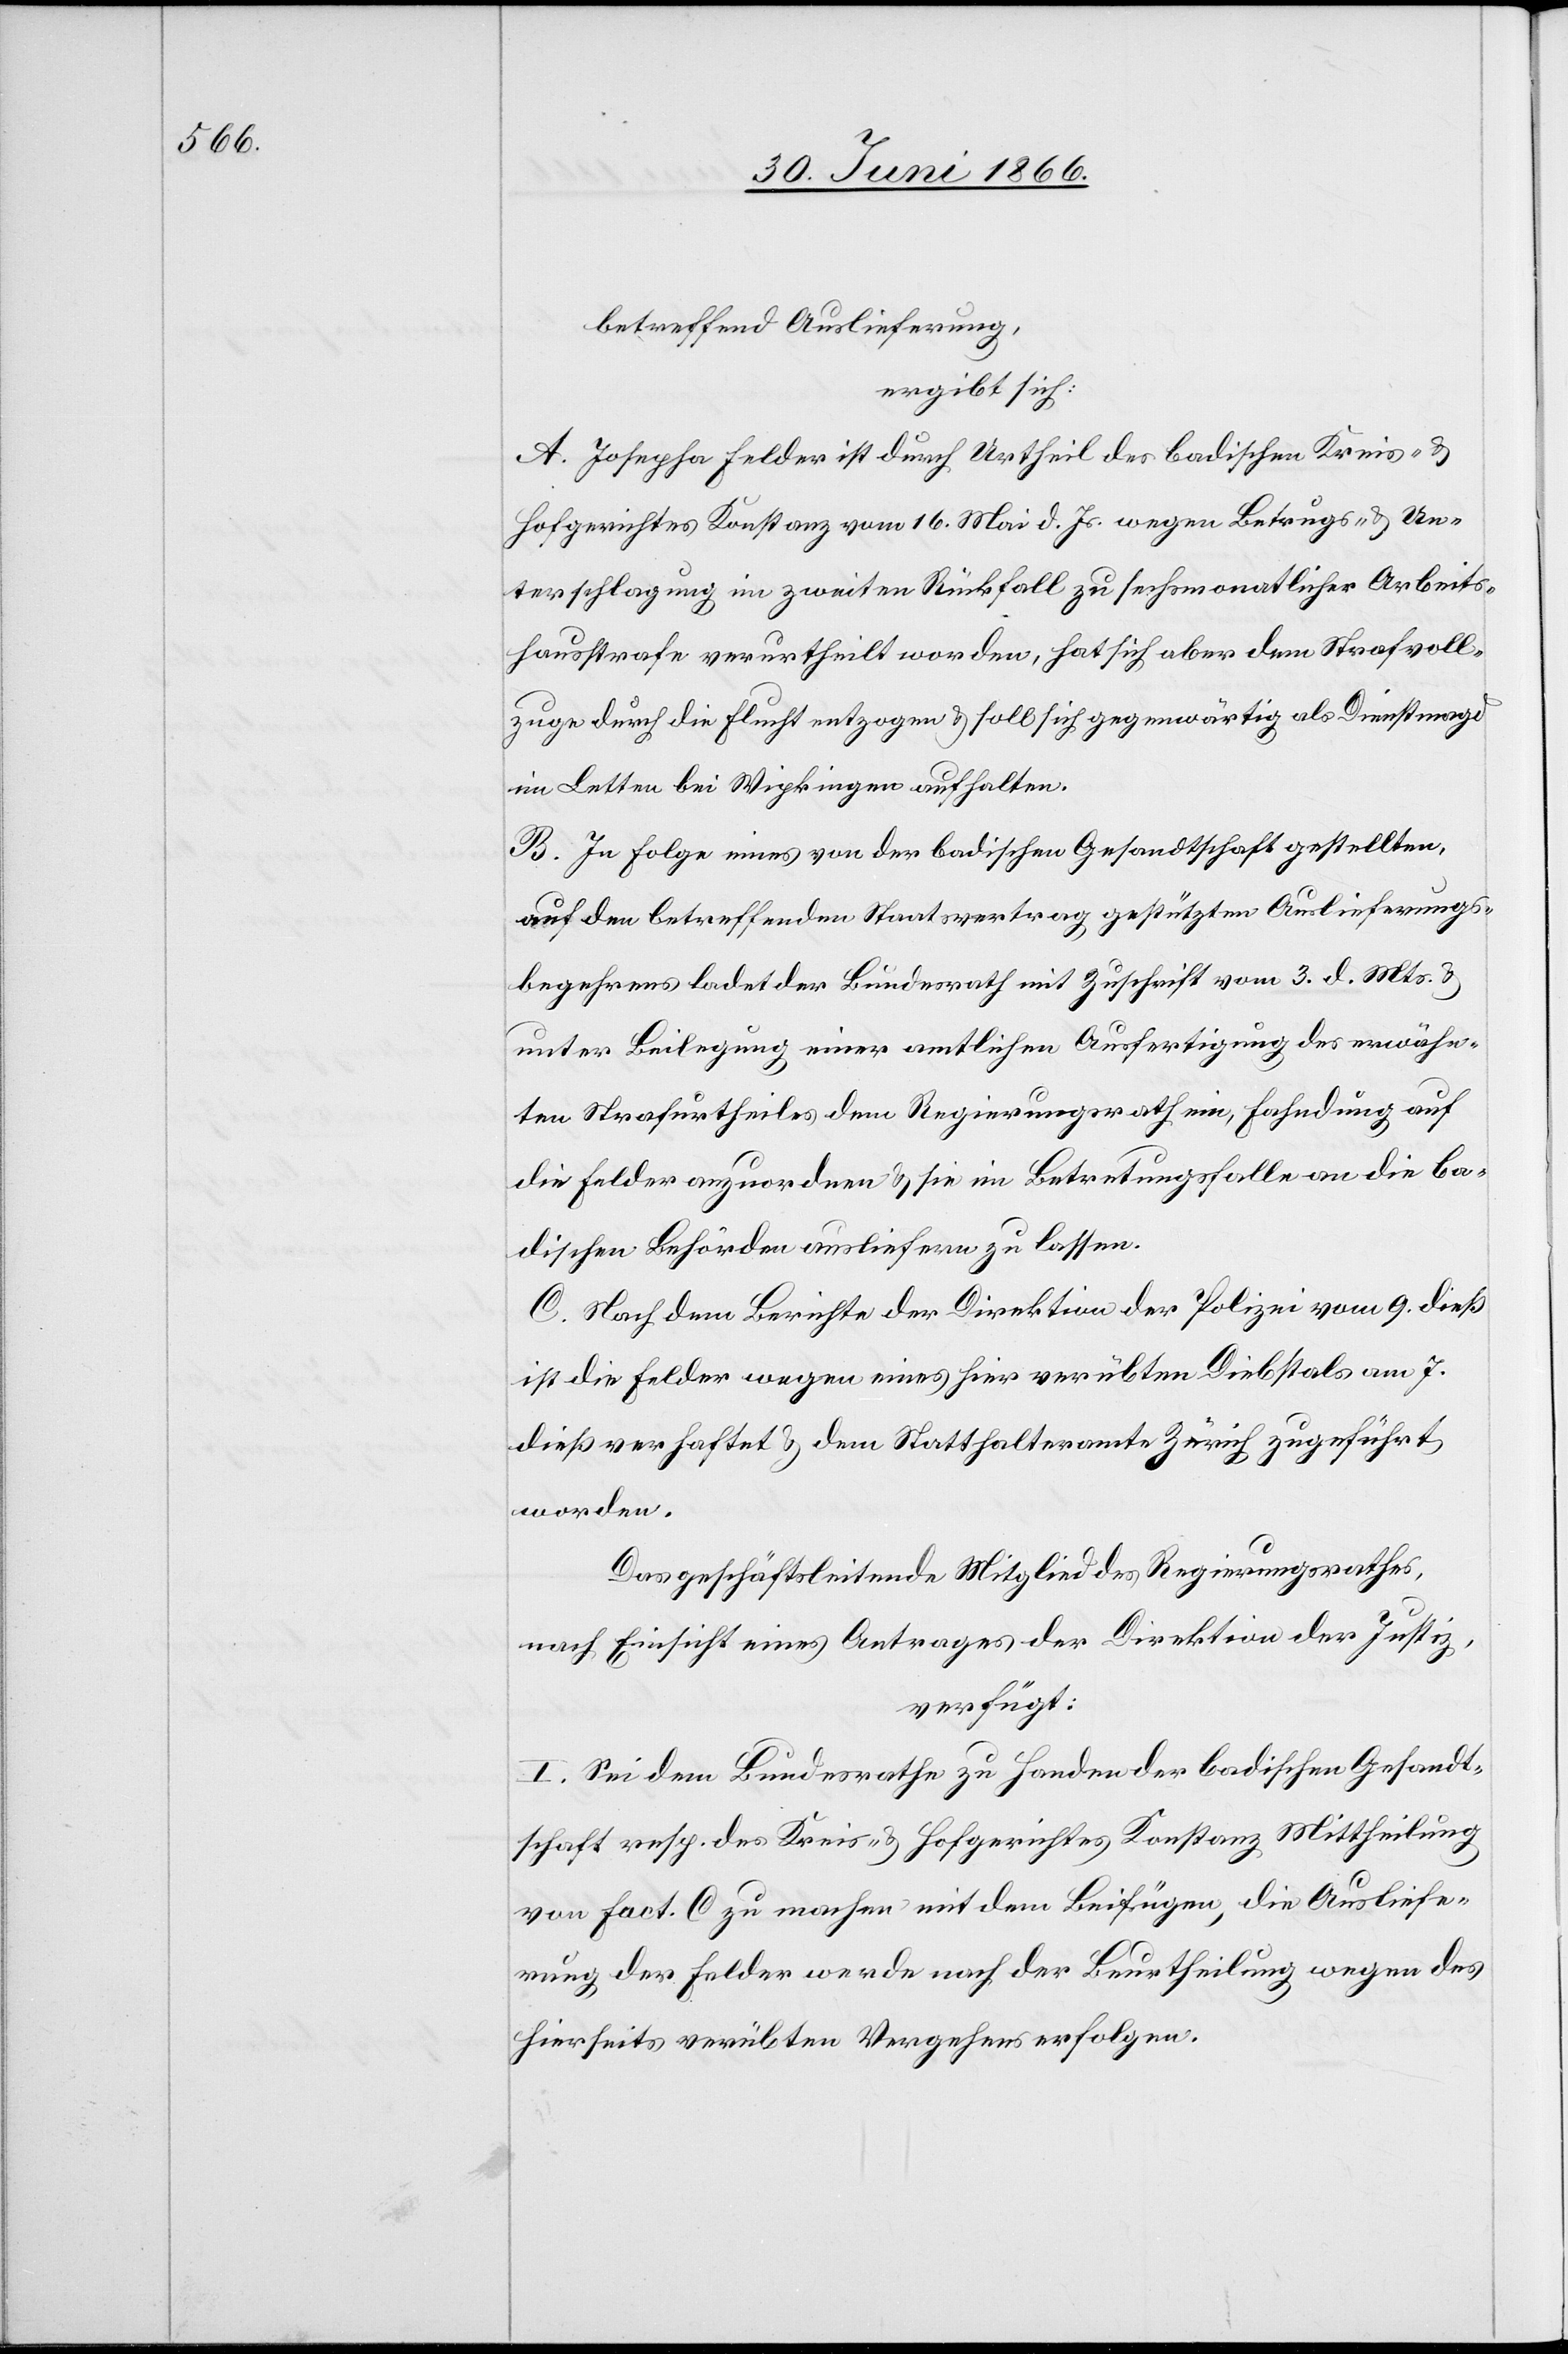
betreffend Auslieferung,
ergibt sich:
A. Josepha Felder ist durch Urtheil des badischen Kreis- u.
Hofgerichtes Konstanz vom 16. Mai d. Js. wegen Betrugs- u. Un¬
terschlagung im zweiten Rückfall zu sechsmonatlicher Arbeits¬
hausstrafe verurtheilt worden, hat sich aber dem Strafvoll¬
zuge durch die Flucht entzogen u. soll sich gegenwärtig als Dienstmagd
in Letten bei Wipkingen aufhalten.
B. In Folge eines von der badischen Gesandtschaft gestellten
auf den betreffenden Staatsvertrag gestützten Auslieferungs¬
begehrens ladet der Bundesrath mit Zuschrift vom 3. d. Mts u.
unter Beilegung einer amtlichen Ausfertigung des erwähn¬
ten Strafurtheiles den Regierungsrath ein, Fahndung auf
die Felder anzuordnen u. sie im Betretungsfalle an die ba¬
dischen Behörden ausliefern zu lassen.
C. Nach dem Berichte der Direktion der Polizei vom 9. dieß
ist die Felder wegen eines verübten Diebstals am 7.
dieß verhaftet u. dem Statthalteramte Zürich zugeführt
worden.
Das geschäftsführende Mitglied des Regierungsrathes,
nach Einsicht eines Antrages der Direktion des Justiz,
verfügt:
I. Sei dem Bundesrathe zu Handen der badischen Gesandt¬
schaft resp. des Kreis- u. Hofgerichtes Konstanz Mittheilung
von fact. C zu machen, mit dem Beifügen, die Ausliefe¬
rung der Felder werde nach der Beurtheilung wegen des
hierseits verübten Vergehens erfolgen.